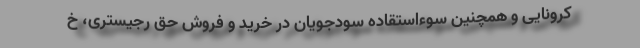
کرونایی و همچنین سوءاستقاده سودجویان در خرید و فروش حق رجیستری، خ